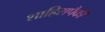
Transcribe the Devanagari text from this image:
शाहिरापैकी